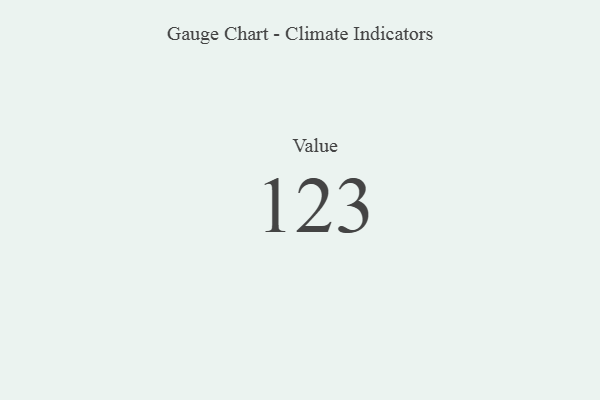
{"axis": {"x": "Metric", "y": "Value"}, "legend": [""], "data": [{"x": "Value", "y": 123, "type": ""}]}